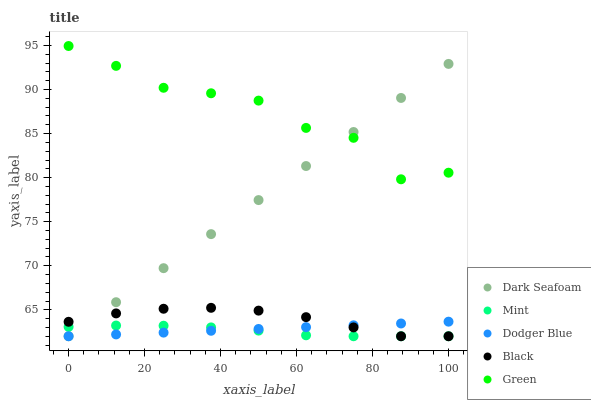
| xaxis_label | Dark Seafoam | Mint | Dodger Blue | Black | Green |
 | --- | --- | --- | --- | --- | --- |
 | 0 | 62 | 63.1 | 62 | 63.6 | 94.9 |
 | 12.5 | 65.9 | 63.2 | 62.2 | 64.6 | 92.7 |
 | 25 | 69.7 | 63.2 | 62.4 | 65.1 | 90.2 |
 | 37.5 | 73.6 | 63 | 62.6 | 65.2 | 89.6 |
 | 50 | 77.5 | 62.6 | 62.8 | 64.9 | 88.7 |
 | 62.5 | 81.3 | 62.1 | 63 | 64.2 | 85.6 |
 | 75 | 85.2 | 62 | 63.2 | 63 | 84.5 |
 | 87.5 | 89 | 62 | 63.4 | 62 | 79.8 |
 | 100 | 92.9 | 62 | 63.7 | 62 | 80.6 |